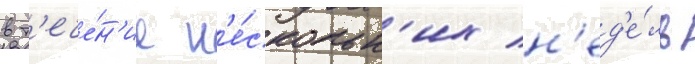
в т'ече́н'ие н'е́скольк'их н'ед'е́ль